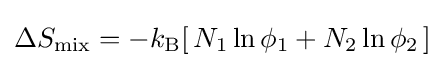
\Delta S_{\rm {mix}}=-k_{\rm {B}}[\,N_{1}\ln \phi _{1}+N_{2}\ln \phi _{2}\,]